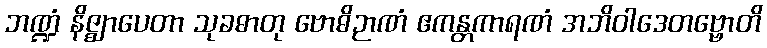
ဘဏ္ဍံ နိဇ္ဈာပေတာ သုခဓာတု ဗောဓိဉာဏံ ဧကန္တကာရဏံ အဘိဝါဒေတဗ္ဗောတိ